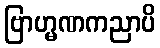
ဗြာဟ္မဏကညာပိ